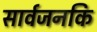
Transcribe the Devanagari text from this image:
सार्वजनकि